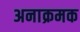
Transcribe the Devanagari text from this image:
अनाक्रमक